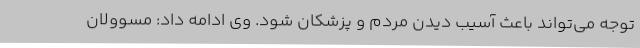
توجه می‌تواند باعث آسیب دیدن مردم و پزشکان شود. وی ادامه داد: مسوولان